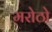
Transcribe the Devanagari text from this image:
मरोठो